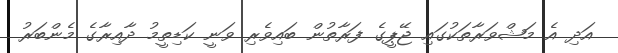
އަދި އެ މަޝްވަރާތަކުގައި ޖޭޕީގެ ފަރާތުން ބައިވެރި ވަނީ ކަޑިތީމު ދާއިރާގެ މެންބަރު